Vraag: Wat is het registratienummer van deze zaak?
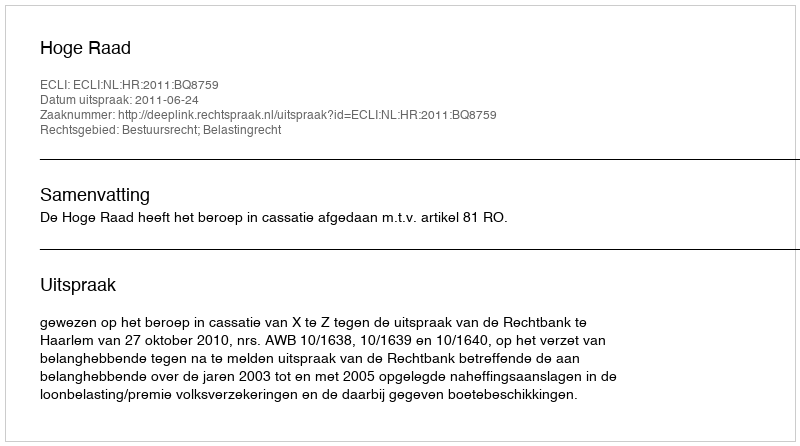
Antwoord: http://deeplink.rechtspraak.nl/uitspraak?id=ECLI:NL:HR:2011:BQ8759